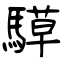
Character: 騲